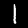
Digit: 1